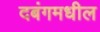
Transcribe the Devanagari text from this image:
दबंगमधील